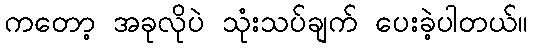
ကတော့ အခုလိုပဲ သုံးသပ်ချက် ပေးခဲ့ပါတယ်။